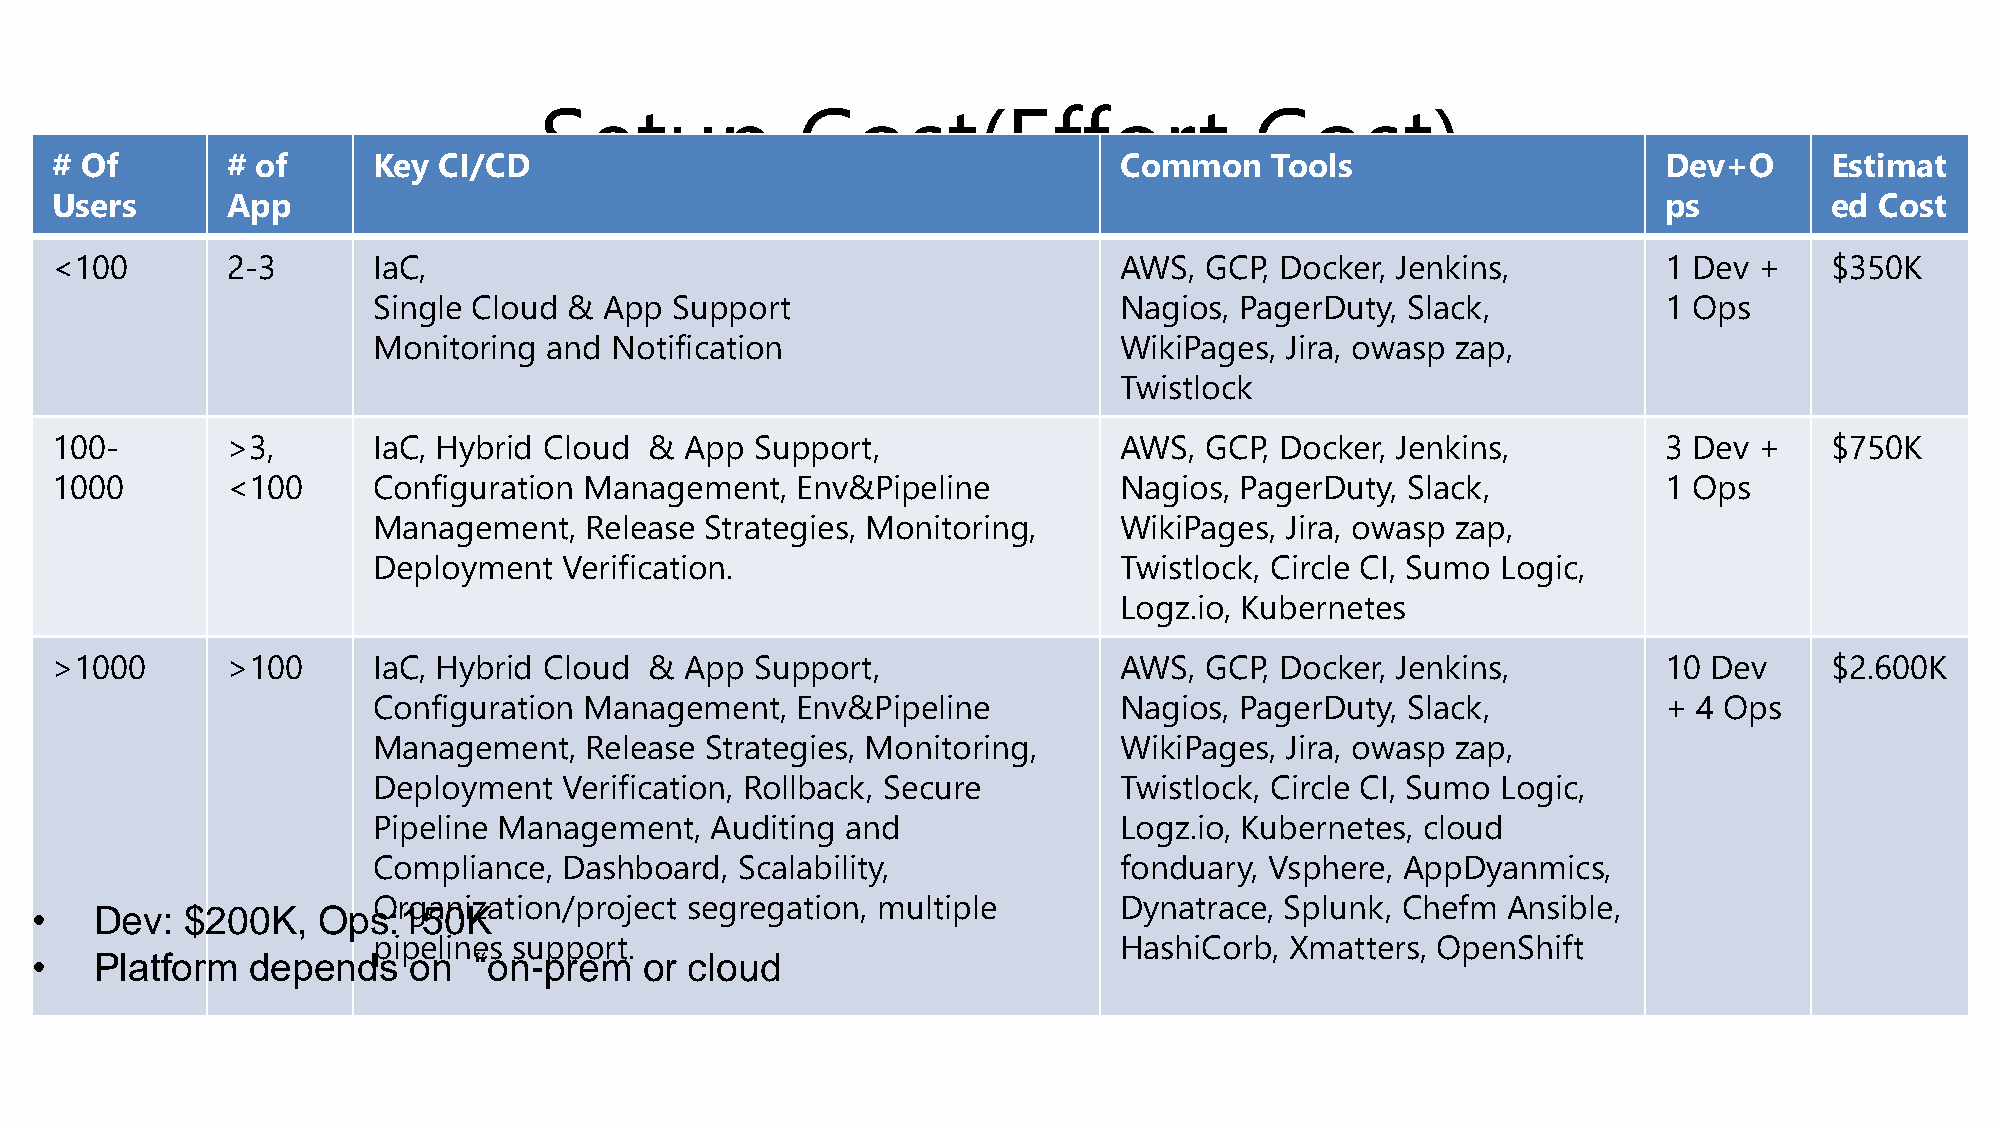
Setup            Cost(Effort                   Cost)
 # Of        # of      Key CI/CD                                        Common    Tools                     Dev+O      Estimat
 Users       App                                                                                            ps         ed Cost
 <100        2-3       IaC,                                             AWS,  GCP, Docker, Jenkins,         1 Dev +    $350K
 Single Cloud & App  Support                      Nagios, PagerDuty, Slack,           1 Ops
 Monitoring and Notification                      WikiPages, Jira, owasp zap,
 Twistlock
 100-        >3,       IaC, Hybrid Cloud & App  Support,                AWS,  GCP, Docker, Jenkins,         3 Dev +    $750K
 1000        <100      Configuration Management,   Env&Pipeline         Nagios, PagerDuty, Slack,           1 Ops
 Management,   Release Strategies, Monitoring,    WikiPages, Jira, owasp zap,
 Deployment  Verification.                        Twistlock, Circle CI, Sumo Logic,
 Logz.io, Kubernetes
 >1000       >100      IaC, Hybrid Cloud & App  Support,                AWS,  GCP, Docker, Jenkins,         10 Dev     $2.600K
 Configuration Management,   Env&Pipeline         Nagios, PagerDuty, Slack,           + 4 Ops
 Management,   Release Strategies, Monitoring,    WikiPages, Jira, owasp zap,
 Deployment  Verification, Rollback, Secure       Twistlock, Circle CI, Sumo Logic,
 Pipeline Management,  Auditing and               Logz.io, Kubernetes, cloud
 Compliance, Dashboard,  Scalability,             fonduary, Vsphere, AppDyanmics,
 Organization/project segregation, multiple       Dynatrace, Splunk, Chefm  Ansible,
 •   Dev:  $200K,   Ops:150K
 pipelines support.                               HashiCorb, Xmatters, OpenShift
 •   Platform   depends   on  “on-prem    or cloud